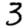
Digit: 3